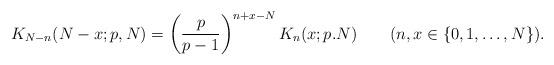
LaTeX: \begin{align*}K_{N-n}(N-x;p,N)=\left(\frac p{p-1}\right)^{n+x-N}K_n(x;p.N)\qquad(n,x\in\{0,1,\ldots,N\}).\end{align*}